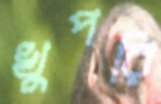
খুপরি